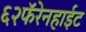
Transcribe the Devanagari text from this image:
६२फॅरेनहाईट